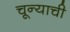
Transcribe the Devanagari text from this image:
चून्याची